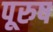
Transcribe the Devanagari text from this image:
पूरुष